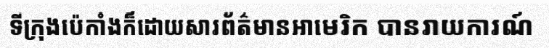
ទីក្រុងប៉េកាំងក៏ដោយសារព័ត៌មានអាមេរិក បានរាយការណ៍